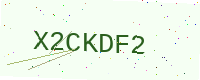
Text: X2CKDF2